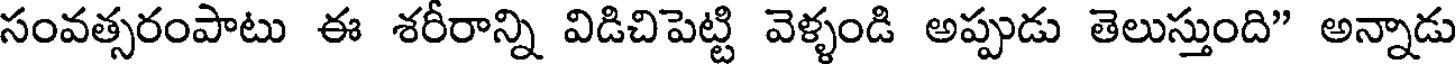
సంవత్సరంపాటు ఈ శరీరాన్ని విడిచిపెట్టి వెళ్ళండి అప్పుడు తెలుస్తుంది" అన్నాడు